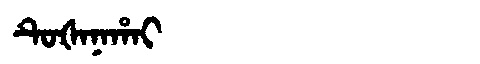
Manchu: ᡨᡠᡧᠠᠨᠠᡥᠠᡳ
Romanization: TUŠANAHAI